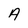
Character: A